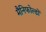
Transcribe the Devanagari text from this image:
मैनिफोल्डों